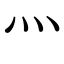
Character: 灬